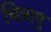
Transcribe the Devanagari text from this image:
चित्रापु